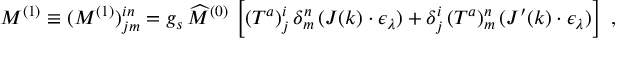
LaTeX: M ^ { ( 1 ) } \equiv ( M ^ { ( 1 ) } ) _ { j m } ^ { i n } = g _ { s } \, \widehat { M } ^ { ( 0 ) } \, \left[ ( T ^ { a } ) _ { j } ^ { i } \, \delta _ { m } ^ { n } \, ( J ( k ) \cdot \epsilon _ { \lambda } ) + \delta _ { j } ^ { i } \, ( T ^ { a } ) _ { m } ^ { n } \, ( J ^ { \prime } ( k ) \cdot \epsilon _ { \lambda } ) \right] ~ ,